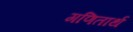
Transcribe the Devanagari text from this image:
गणितार्थ